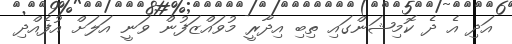
އަދި އެ ދެ ކޮމިޝަންގައި ތިބި އިދާރީ މުވައްޒަފުން ވަނީ އަލަށް އުފެއްދި